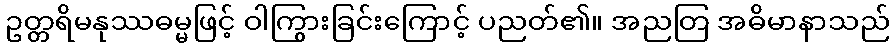
ဥတ္တရိမနုဿဓမ္မဖြင့် ဝါကြွားခြင်းကြောင့် ပညတ်၏။ အညတြ အဓိမာနာသည်